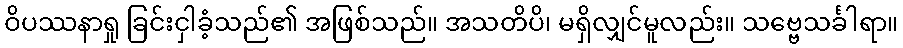
ဝိပဿနာရှု ခြင်းငှါခံ့သည်၏ အဖြစ်သည်။ အသတိပိ၊ မရှိလျှင်မူလည်း။ သဗ္ဗေသင်္ခါရာ။